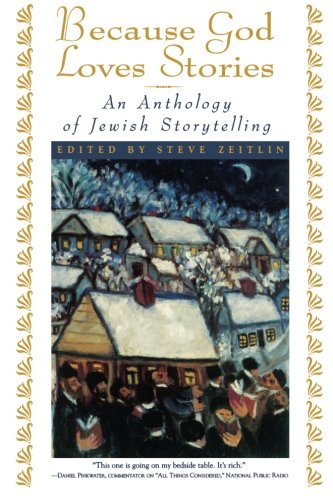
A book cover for Because God Loves Stories: An Anthology of Jewish Storytelling; Literature & Fiction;